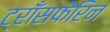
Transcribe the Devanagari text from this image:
ट्राँसफेरिन